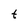
Character: t